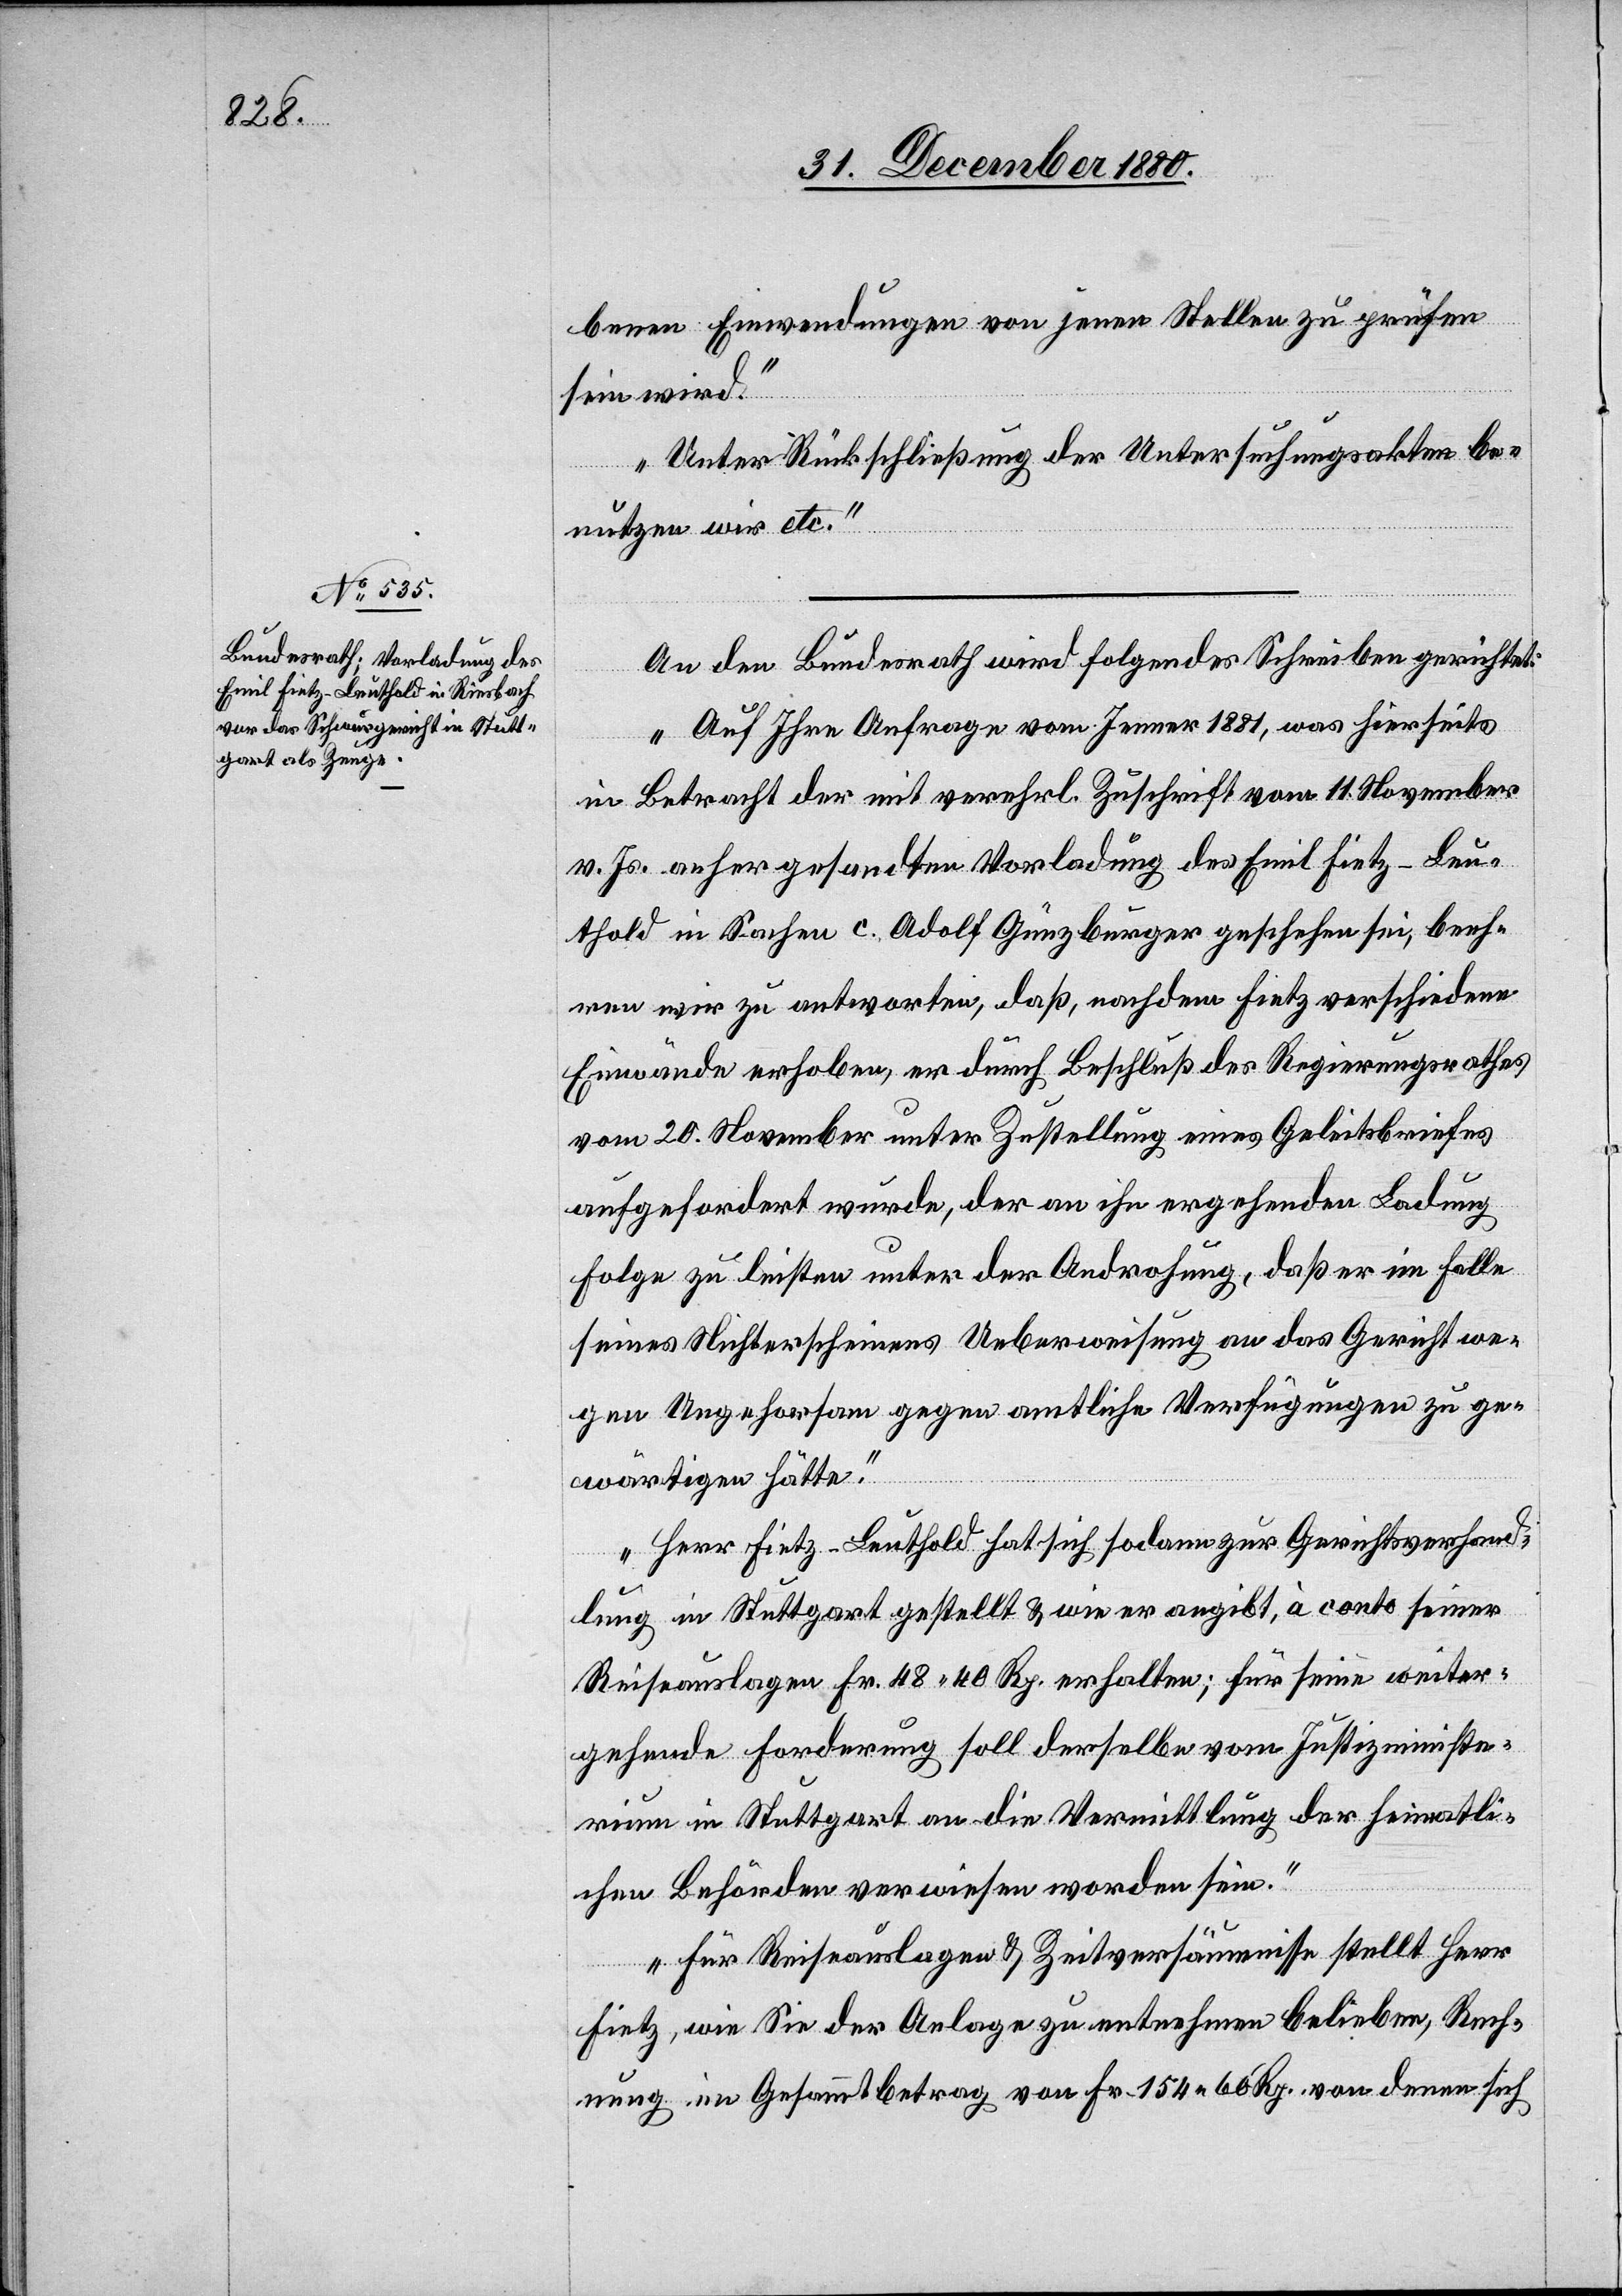
benen Einwendungen von jenen Stellen zu prüfen
sein wird.
Unter Rückschließung der Untersuchungsakten be¬
nutzen wir etc.“
An den Bundesrath wird folgendes Schreiben gerichtet:
„Auf Ihre Anfrage vom Jenner 1881, was hierseits
in Betracht der mit verehrl. Zuschrift vom 11. November
v. Js. anhergesandten Vorladung des Emil Fietz-Leu¬
thold in Sachen c. Adolf Günzburger geschehen sei, beeh¬
ren wir zu antworten, daß nachdem Fietz verschiedene
Einwände erhoben, er durch Beschluß des Regierungsrathes
vom 20. November unter Zustellung eines Geleitsbriefes
aufgefordert wurde, der an ihn ergehenden Ladung
Folge zu leisten unter der Androhung, daß er im Falle
seines Nichterscheinens Ueberweisung an das Gericht we¬
gen Ungehorsam gegen amtliche Verfügungen zu ge¬
wärtigen hätte.
Herr Fietz-Leuthold hat sich sodann zur Gerichtsverhand¬
lung in Stuttgart gestellt & wie er angibt, à conto seiner
Reiseauslagen Fr. 48 40 Rp. erhalten; für seine weiter¬
gehende Forderung soll derselbe vom Justizministe¬
rium in Stuttgart an die Vermittlung der heimatli¬
chen Behörden verwiesen worden sein.
Für Reiseauslagen & Zeitversäumnisse stellt Herr
Fietz, wie Sie der Anlage zu entnehmen belieben, Rech¬
nung im Gesammtbetrag von Fr. 154 60 Rp., von denen sich